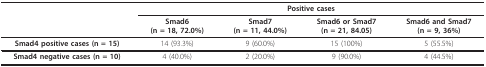
|  | <COLSPAN=4> Positive cases |
 |  | Smad6(n = 18, 72.0%) | Smad7(n = 11, 44.0%) | Smad6 or Smad7(n = 21, 84.05) | Smad6 and Smad7(n = 9, 36%) |
 | --- | --- | --- | --- | --- |
 | Smad4 positive cases (n = 15) | 14 (93.3%) | 9 (60.0%) | 15 (100%) | 5 (55.5%) |
 | Smad4 negative cases (n = 10) | 4 (40.0%) | 2 (20.0%) | 9 (90.0%) | 4 (44.5%) |